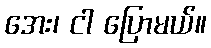
အေး၊ ငါ ပြောမယ်။